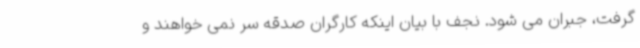
گرفت، جبران می شود. نجف با بیان اینکه کارگران صدقه سر نمی خواهند و